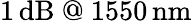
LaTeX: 1\, \mathrm{dB}\ @\ 1550\, \mathrm{nm}